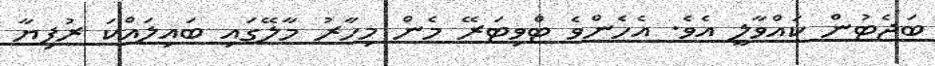
ބަޖެޓުން ކައްވާލީ އެވެ. އެހެންވެ ޓްވިޓަރޭ މެން މިހާރު މާލޭގައި ބައިލައްކަ ރުފިޔާ